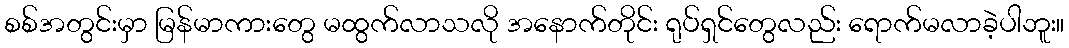
စစ်အတွင်းမှာ မြန်မာကားတွေ မထွက်လာသလို အနောက်တိုင်း ရုပ်ရှင်တွေလည်း ရောက်မလာခဲ့ပါဘူး။